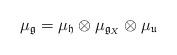
LaTeX: \begin{align*}\mu_{\mathfrak{g}}=\mu_{\mathfrak{h}}\otimes \mu_{\mathfrak{g}_X}\otimes \mu_{\mathfrak{u}}\end{align*}